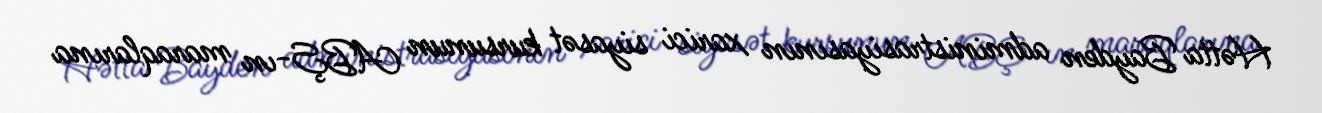
Hətta Bayden administrasiyasının xarici siyasət kursunun ABŞ-ın maraqlarına